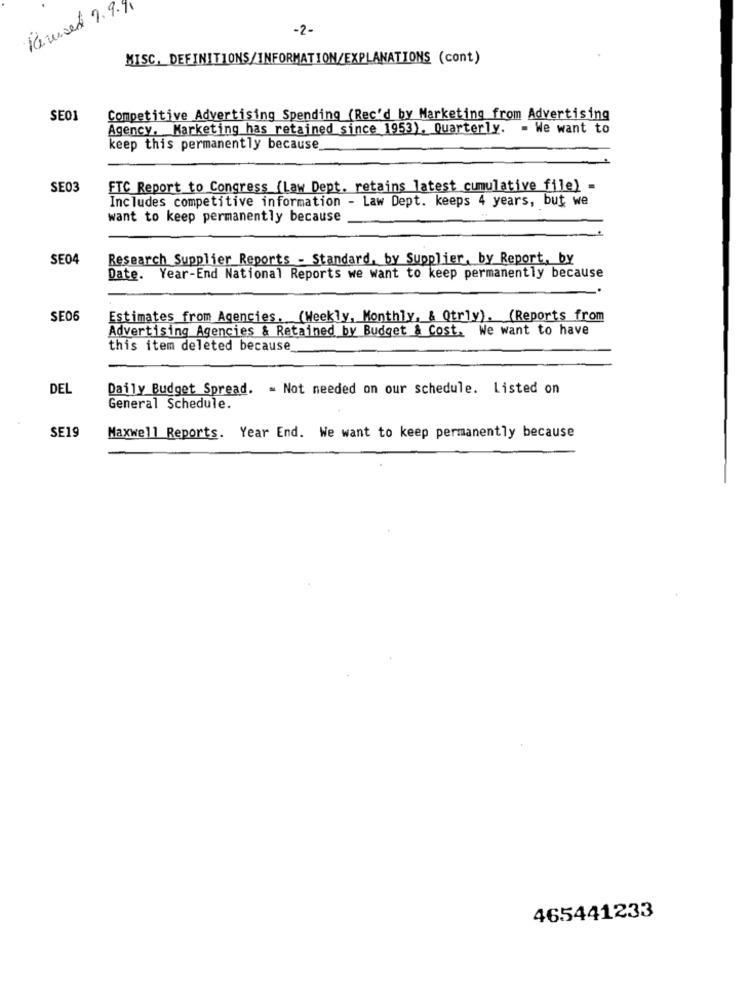
Revised 9.9.11
-2-
MISC. DEFINITIONS/INFORMATION/EXPLANATIONS (cont)
SE01
Competitive Advertising Spending (Rec'd by Marketing from Advertising
Agency. Marketing has retained since 1953), Quarterly. - We want to
keep this permanently because
SE03
FTC Report to Congress (Law Dept, retains latest cumulative_file) =
Includes competitive information - Law Dept. keeps 4 years, but we
want to keep permanently because
SE04
Research Supplier Reports - Standard, by Supplier, by Report, by
Date. Year-End National Reports we want to keep permanently because
SE06
Estimates from Agencies. (Weekly, Monthly, & Qtrly). (Reports from
Advertising Agencies & Retained by Budget & Cost. We want to have
this item deleted because
DEL
Daily Budget Spread. - Not needed on our schedule. Listed on
General Schedule.
SE19
Maxwell Reports. Year End. We want to keep permanently because
465441233